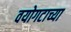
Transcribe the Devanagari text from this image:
वयोगटाच्या